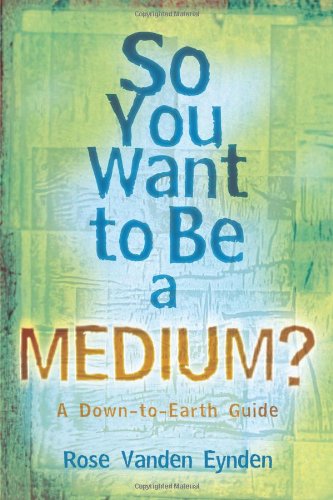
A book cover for So you want to be a Medium: A Down to Earth Guide; Rose Vanden Eynden; Religion & Spirituality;